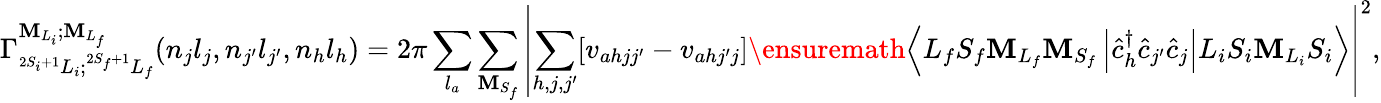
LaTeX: {\Gamma}_{^{2S_{i}+1}L_{i};^{2S_{f}+1}L_{f}}^{{\mathbf{M}}_{{L}_{i}};{\mathbf{M}}_{{L}_{f}}}(n_{j}l_{j},n_{j^{\prime}}l_{j^{\prime}},n_{h}l_{h})=2\pi\sum_{l_{a}}\sum_{\mathbf{M}_{S_{f}}}\left\vert\sum_{h,j,j^{\prime}}\lbrack{v}_{ahjj^{\prime}}-{v}_{ahj^{\prime}j}\rbrack\ensuremath{{\left\langle{L}_{f}{S}_{f}{\mathbf{M}}_{{L}_{f}}{\mathbf{M}}_{{S}_{f}}\left\lvert{\hat{{c}}}_{h}^{\dagger}{\hat{{c}}}_{j^{\prime}}{\hat{{c}}}_{j}\right\rvert{L}_{i}{S}_{i}{\mathbf{M}}_{{L}_{i}}{S}_{i}\right\rangle}}\right\vert^{2},